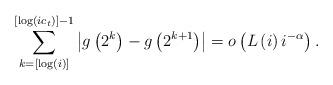
LaTeX: \begin{align*}\sum_{k=\left[\log\left(i\right)\right]}^{\left[\log\left(ic_{t}\right)\right]-1}\left|g\left(2^{k}\right)-g\left(2^{k+1}\right)\right|=o\left(L\left(i\right)i^{-\alpha}\right).\end{align*}